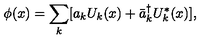
\phi ( x ) = \sum _ { k } [ a _ { k } U _ { k } ( x ) + \bar { a } _ { k } ^ { \dagger } U _ { k } ^ { * } ( x ) ] ,